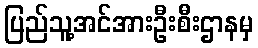
ပြည်သူ့အင်အားဦးစီးဌာနမှ